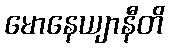
မောနေယျာနီတိ